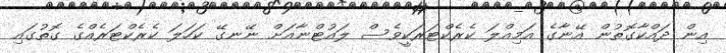
އިން ދައްކާގޮތުން އޭނާގެ އަމިއްލަ ކެރެކްޓަރަކީވެސް ލައުޓްނާއަށް ނޭނގޭ ކަހަލަ ކެރެކްޓަރެއްގެ ގޮތުގައި